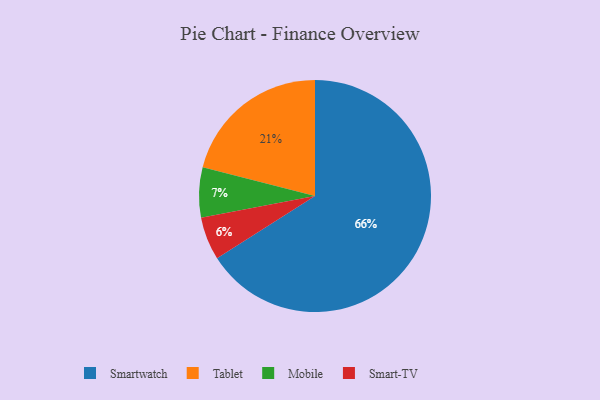
{"axis": {"x": "Category", "y": "Percentage"}, "legend": ["Mobile", "Smart-TV", "Smartwatch", "Tablet"], "data": [{"x": "Smartwatch", "y": 66, "type": "Smartwatch"}, {"x": "Mobile", "y": 7, "type": "Mobile"}, {"x": "Tablet", "y": 21, "type": "Tablet"}, {"x": "Smart-TV", "y": 6, "type": "Smart-TV"}]}